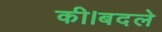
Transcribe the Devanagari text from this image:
की।बदले